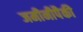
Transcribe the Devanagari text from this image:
जमीनीपैकी